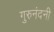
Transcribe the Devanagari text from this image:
गुरुनंदनी